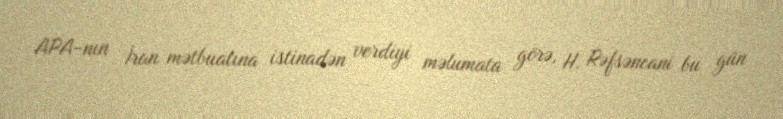
APA-nın İran mətbuatına istinadən verdiyi məlumata görə, H. Rəfsəncani bu gün